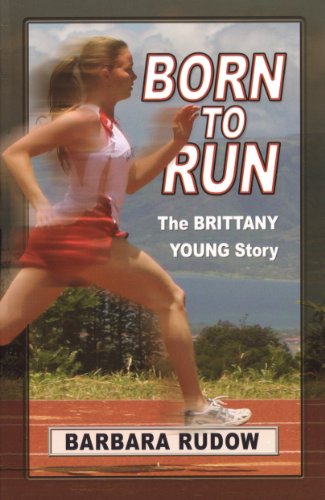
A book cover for Born to Run: The Brittany Young Story - Touchdown Edition (Future Stars) (Future Stars Series); Barbara Rudow; Teen & Young Adult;